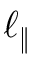
\ell _ { \| }